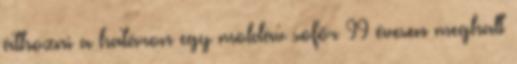
áthozni a határon egy moldáv sofőr 99 évesen meghalt